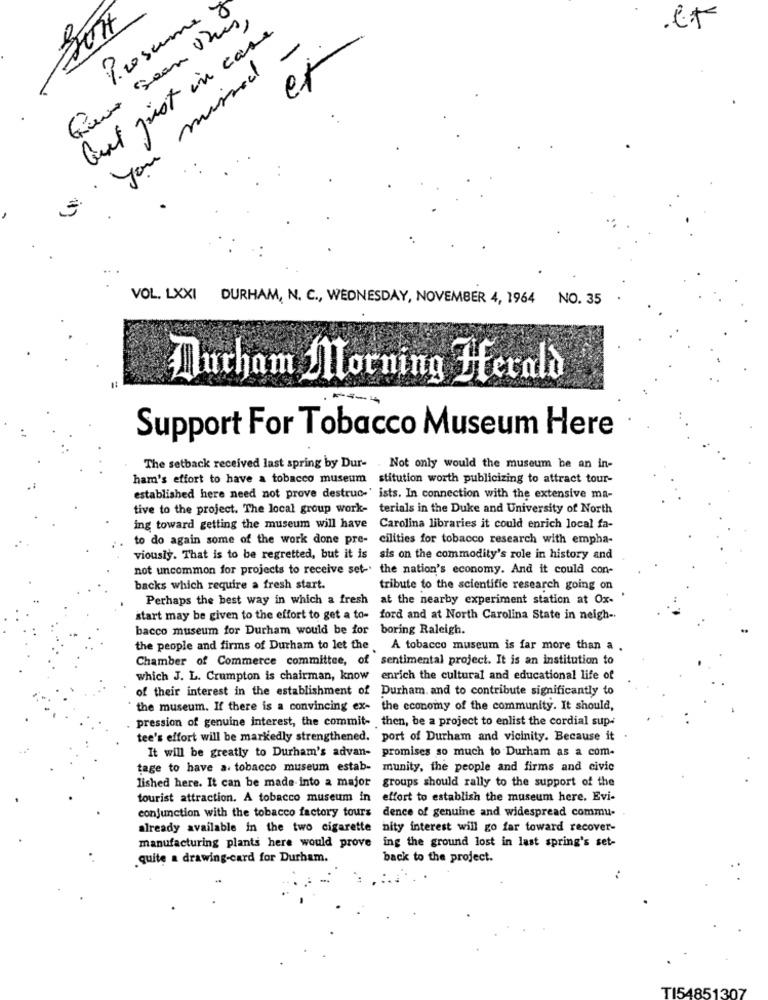
Presume y
Fève Sean Vis,
.et
Quel just in case
you missed
et
VOL. LXXI DURHAM, N. C ., WEDNESDAY, NOVEMBER 4, 1964 NO. 35
Ducham Morning Herald
Support For Tobacco Museum Here
The setback received last spring by Dur- . Not only would the museum be an in-
ham's effort to have a tobacco museum
stitution worth publicizing to attract tour-
established here need not prove destruc-' ists. In connection with the extensive ma-
tive to the project. The local group work- terials in the Duke and University of North
ing toward getting the museum will have Carolina libraries it could enrich local fa-
to do again some of the work done pre- cilities for tobacco research with empha-
viously. That is to be regretted, but it is sis on the commodity's role in history and
not uncommon for projects to receive set-' the nation's economy. And it could con-
backs which require a fresh start.
tribute to the scientific research going on
Perhaps the best way in which a fresh at the nearby experiment station at Ox-
start may be given to the effort to get a to- ford and at North Carolina State in neigh -.
bacco museum for Durham would be for boring Raleigh.
the people and firms of Durham to let the
A tobacco museum is far more than a .
Chamber of Commerce committee, of sentimental project. It is an institution to
which J. L. Crumpton is chairman, know
enrich the cultural and educational life of
of their interest in the establishment of
Durham, and to contribute significantly to
the museum. If there is a convincing ex-
the economy of the community. It should,
pression of genuine interest, the commit- then, be a project to enlist the cordial sup-
tee's effort will be markedly strengthened. port of Durham and vicinity. Because it
It will be greatly to Durham's advan- promises so much to Durham as a com.
tage to have a. tobacco museum estab- munity, the people and firms and civic
lished here. It can be made into a major groups should rally to the support of the
tourist attraction. A tobacco museum in effort to establish the museum here. Evi-
conjunction with the tobacco factory tours dence of genuine and widespread commu-
already available in the two cigarette nity interest will go far toward recover-
manufacturing plants here would prove ing the ground lost in last spring's set-
quite a drawing-card for Durham.
back to the project.
T154851307